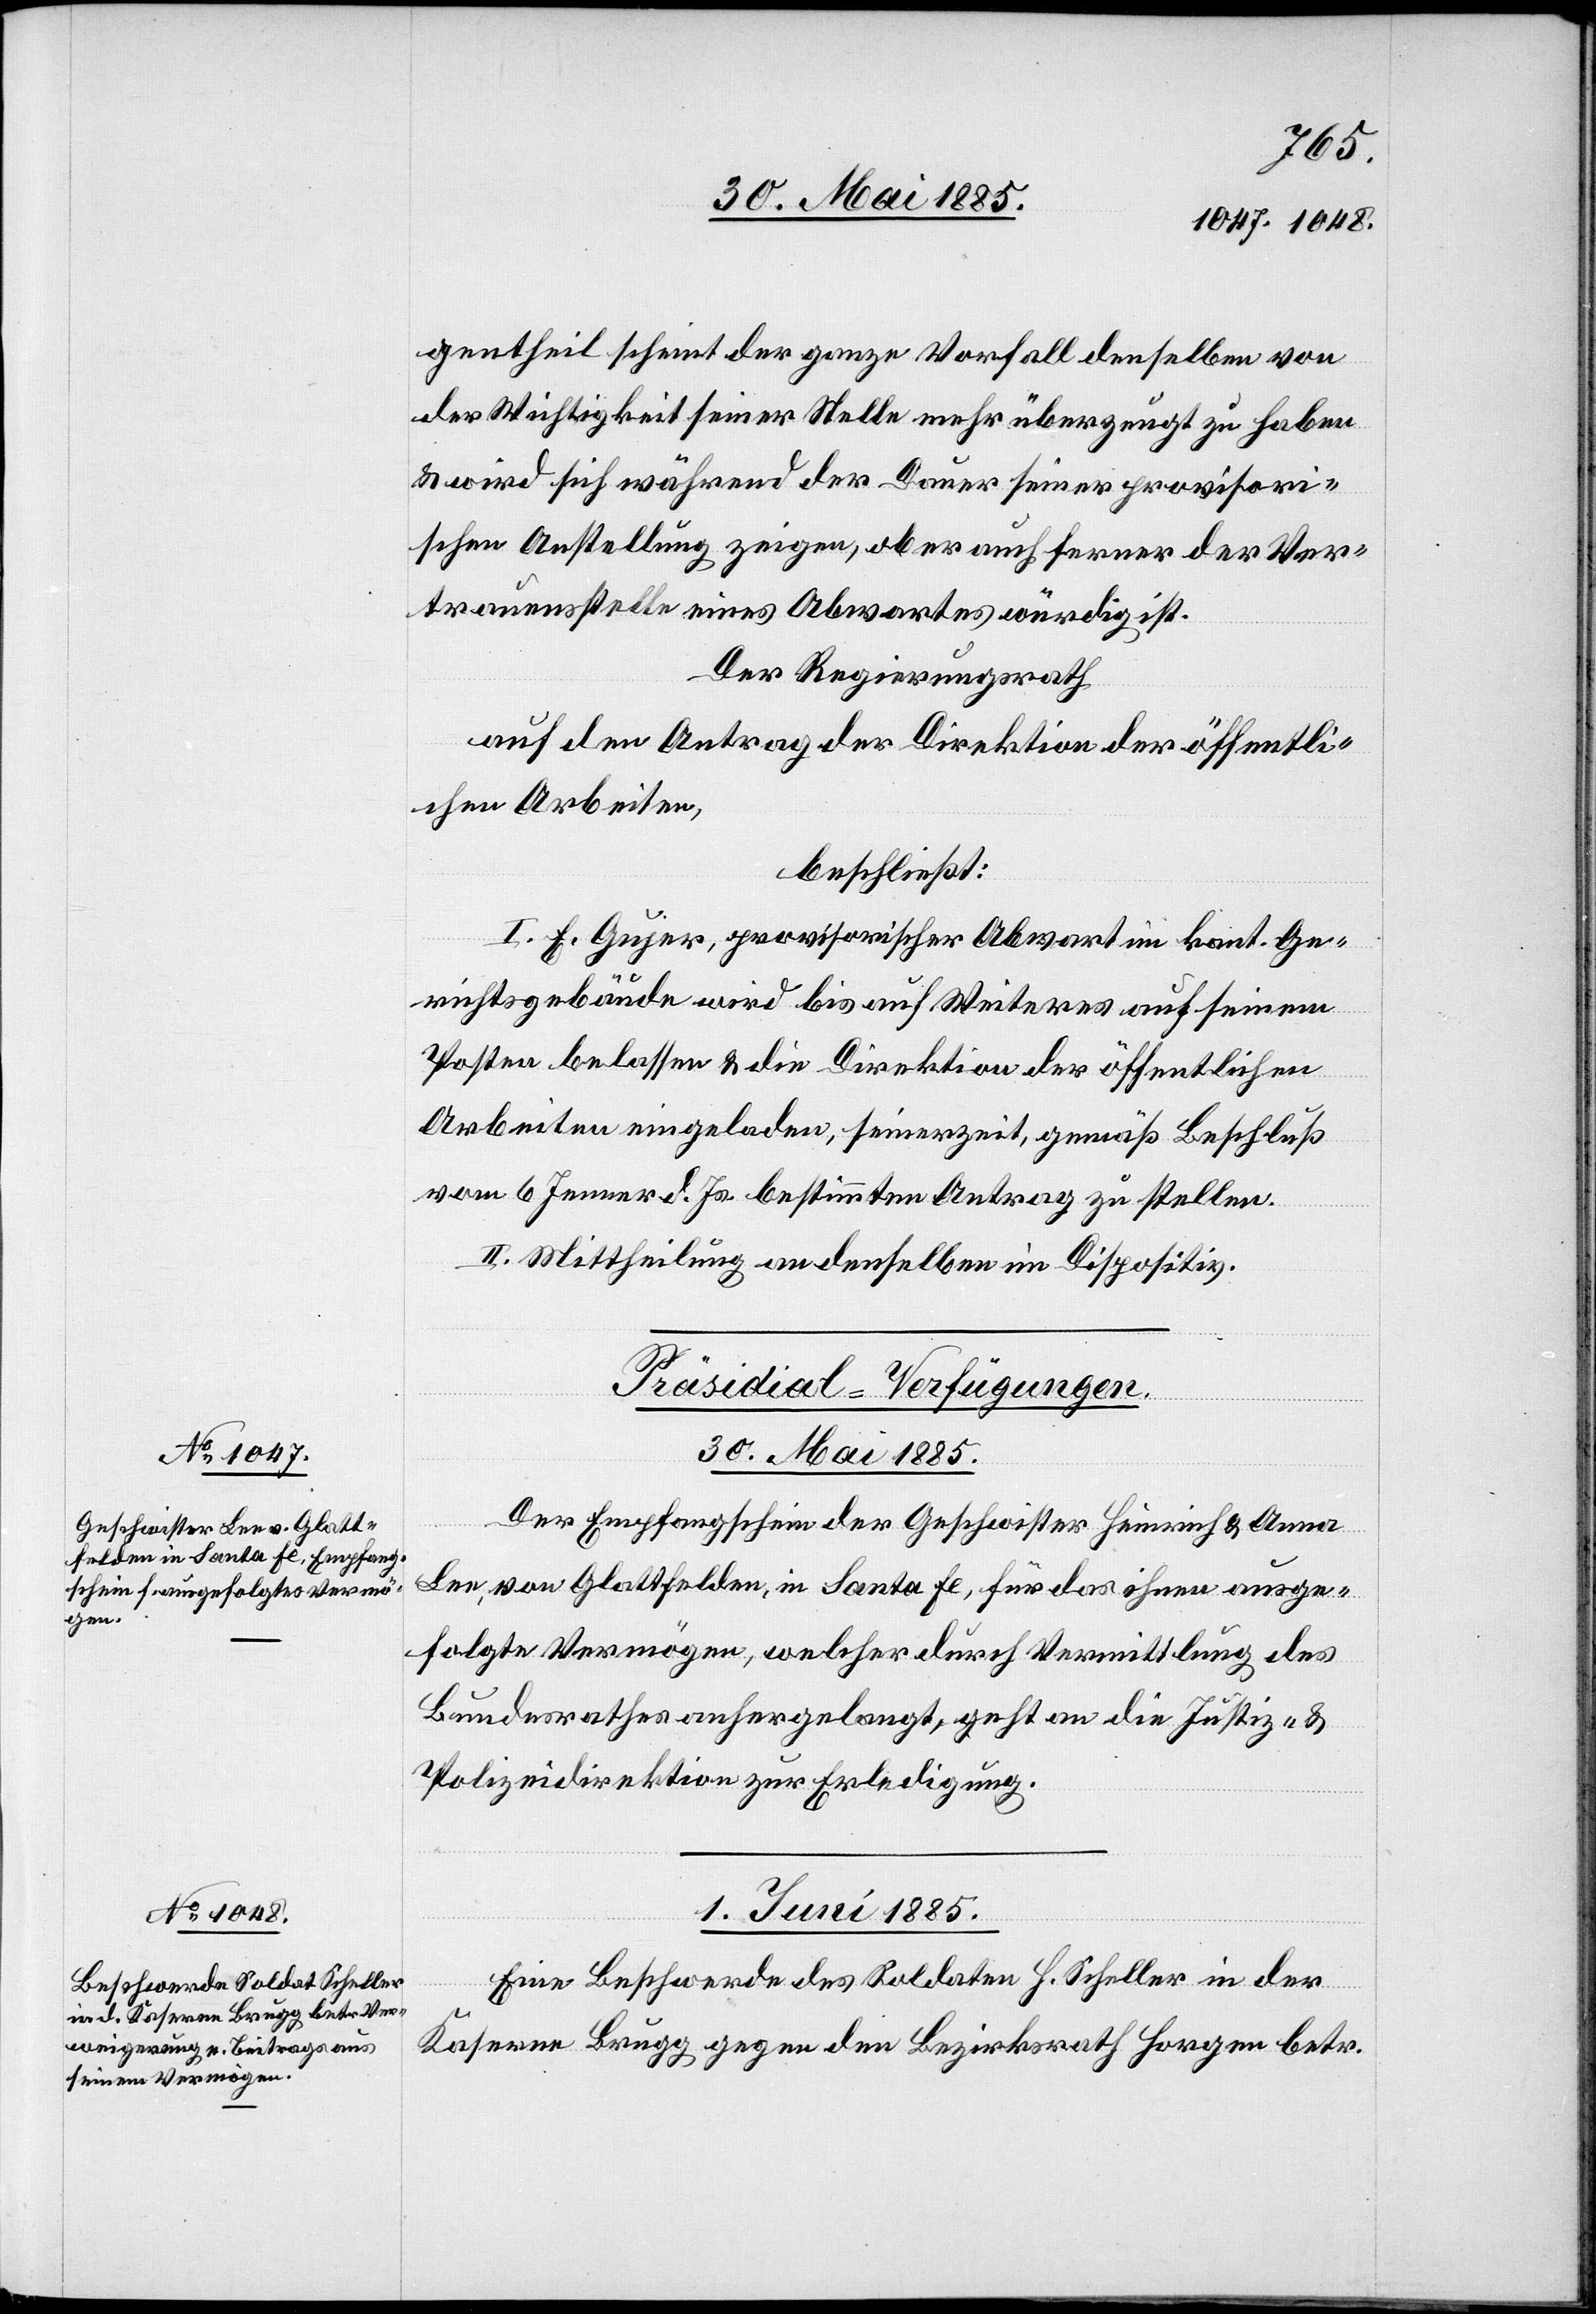
30. Mai 1885.
[Präsidial-Verfügungen.]
Der Empfangschein der Geschwister Heinrich & Anna
Lee, von Glattfelden, in Santa Fe, für das ihnen ausge¬
folgte Vermögen, welcher durch Vermittlung des
Bundesrathes anhergelangt, geht an die Justiz- &
Polizeidirektion zur Erledigung.
01. Juni 1885.
Eine Beschwerde des Soldaten H. Scheller in der
Kaserne Brugg gegen den Bezirksrath Horgen betr.